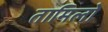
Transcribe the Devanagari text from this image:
तामिलो